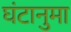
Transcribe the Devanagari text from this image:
घंटानुमा